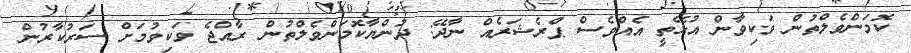
ކޮމަންވެލްތުން ވަކިވާން އުޅޭތީ އެއްވެސް ޕްރެޝަރެއް ނާދޭ: ދުންޔާކޮމަންވެލްތުން ރާއްޖެ ވަކިވުމަށް ސަރުކާރުން